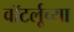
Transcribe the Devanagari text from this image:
वॉटर्लूच्या